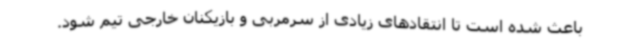
باعث شده است تا انتقادهای زیادی از سرمربی و بازیکنان خارجی تیم شود.